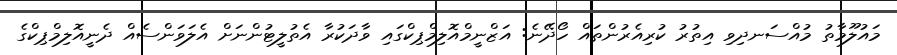
މައުލޫމާތު މުއްސަނދިވި އިތުރު ކުރިއެރުންތައް ހޯދޭނެ: އަޒްނީމްއޮލިމްޕިކްގައި ވާދަކުރާ އެތުލީޓުންނަށް އެލަވަންސެއް ދެނީއޮލިމްޕިކްގެ